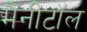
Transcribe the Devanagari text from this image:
मैनीटॉल